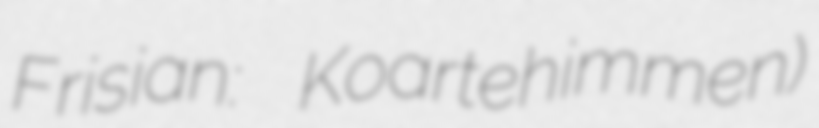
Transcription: Frisian: Koartehimmen)